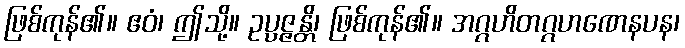
ဖြစ်ကုန်၏။ ဧဝံ၊ ဤသို့။ ဥပ္ပဇ္ဇန္တိ၊ ဖြစ်ကုန်၏။ အဂ္ဂဟိတဂ္ဂဟဏေနပန၊